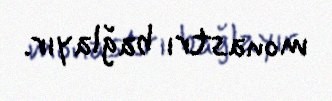
monastrı bağlayır.